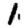
Digit: 1